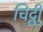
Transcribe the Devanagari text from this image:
चिट्ठीु